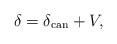
LaTeX: \begin{align*}\delta =\delta _{\mathrm{can}}+V, \end{align*}